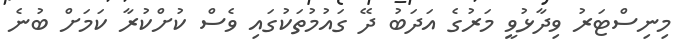
މިނިސްޓަރު ވިދާޅުވީ މަރުގެ އަދަބު ދޭ ގައުމުތަކުގައި ވެސް ކުށްކުރާ ކަމަށް ބުނެ